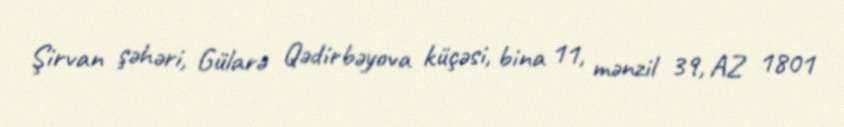
Şirvan şəhəri, Gülarə Qədirbəyova küçəsi, bina 11, mənzil 39, AZ 1801